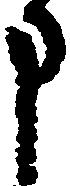
申